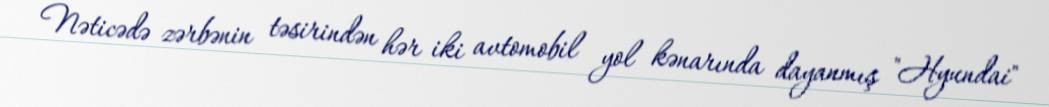
Nəticədə zərbənin təsirindən hər iki avtomobil yol kənarında dayanmış "Hyundai"